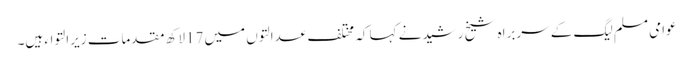
عوامی مسلم لیگ کے سربراہ شیخ رشیدنے کہا کہ مختلف عدالتوں میں 17لاکھ مقدمات زیرالتواء ہیں۔